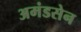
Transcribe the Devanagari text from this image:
अमंडसेन